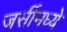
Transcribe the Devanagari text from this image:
जर्सीमध्ये